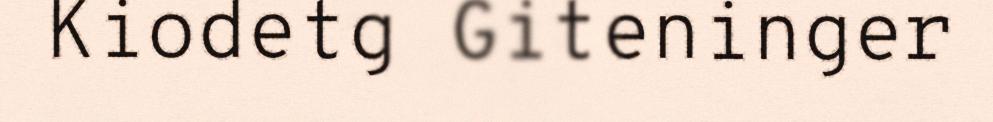
Kiodetg Giteninger